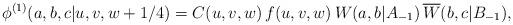
LaTeX: \begin{align*}\phi^{(1)}(a,b,c|u,v,w+1/4) = C(u,v,w)\,f(u,v,w)\,W(a,b|A_{-1})\,\overline{W}(b,c|B_{-1}), \end{align*}